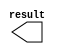
module titles3_x4 (
	result);

	output	[10:0]  result;

endmodule